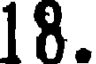
18.